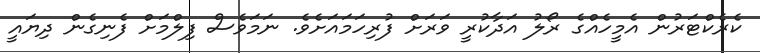
ކެރެކްޓަރުން އެމީހެއްގެ ރޯލު އަދާކުރީ ވަރަށް ފުރިހަމައަށެވެ. ނަމަވެސް ފިލްމަށް ފެނިގެން ދިޔައީ